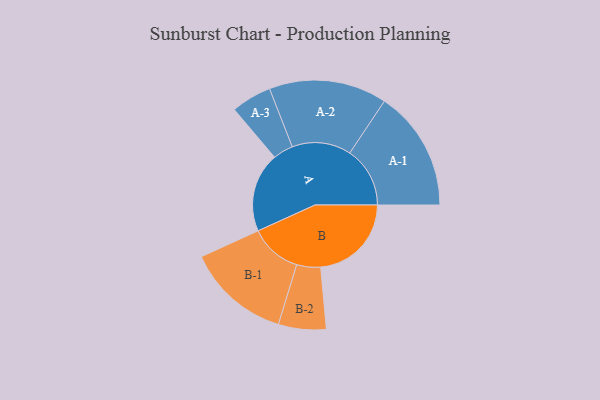
{"axis": {"x": "Segment", "y": "Value"}, "legend": ["", "A", "B"], "data": [{"x": "A", "y": 393, "type": ""}, {"x": "B", "y": 449, "type": ""}, {"x": "A-1", "y": 298, "type": "A"}, {"x": "A-2", "y": 292, "type": "A"}, {"x": "A-3", "y": 100, "type": "A"}, {"x": "B-1", "y": 257, "type": "B"}, {"x": "B-2", "y": 118, "type": "B"}]}